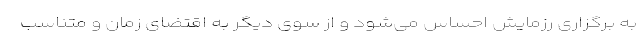
به برگزاری رزمایش احساس می‌شود و از سوی دیگر به اقتضای زمان و متناسب